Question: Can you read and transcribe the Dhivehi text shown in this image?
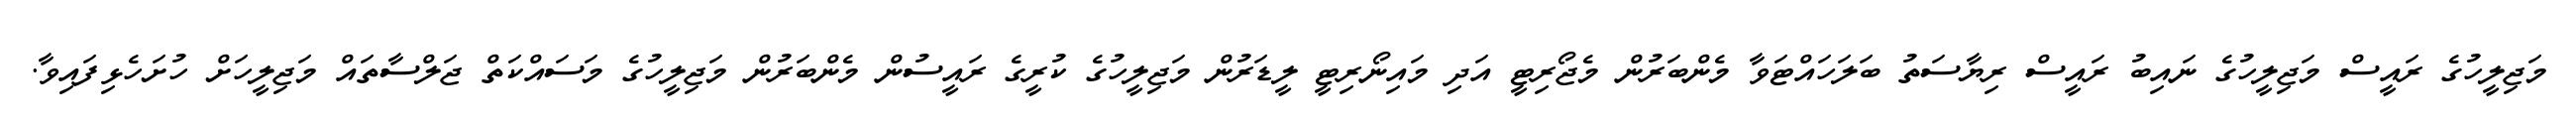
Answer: މަޖިލީހުގެ ރައީސް މަޖިލީހުގެ ނައިބު ރައީސް ރިޔާސަތު ބަލަހައްޓަވާ މެންބަރުން މެޖޯރިޓީ އަދި މައިނޯރިޓީ ލީޑަރުން މަޖިލީހުގެ ކުރީގެ ރައީސުން މެންބަރުން މަޖިލީހުގެ މަސައްކަތް ޖަލްސާތައް މަޖިލީހަށް ހުށަހެޅިފައިވާ.